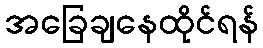
အခြေချနေထိုင်ရန်